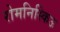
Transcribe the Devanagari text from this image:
रोमनिस्किऊ